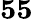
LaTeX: \mathbf{55}